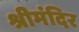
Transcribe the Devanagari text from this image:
श्रीमंदिर